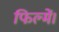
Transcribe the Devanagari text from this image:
फिल्में।